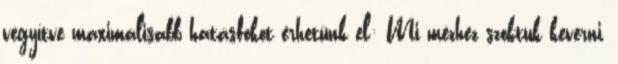
vegyítve maximálisabb hatásfokot érhetünk el: Mi mézhez szoktuk keverni,